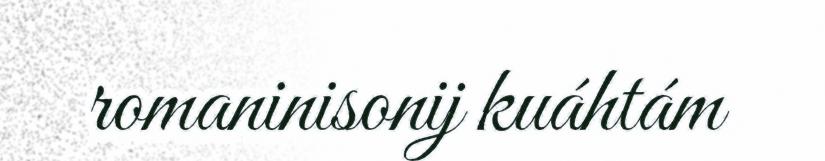
romaninisonij kuáhtám